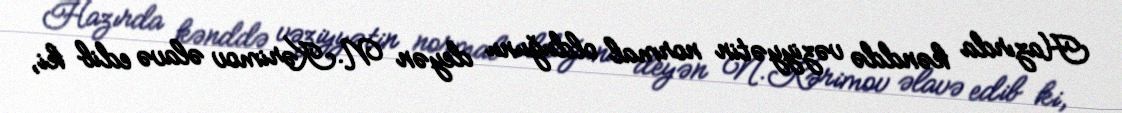
Hazırda kənddə vəziyyətin normal olduğunu deyən N.Kərimov əlavə edib ki,